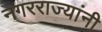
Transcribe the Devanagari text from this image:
नगरराज्यांनी